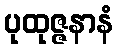
ပုထုဇ္ဇနာနံ